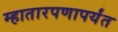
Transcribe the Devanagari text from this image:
म्हातारपणापर्यंत